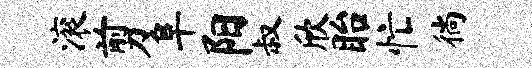
滚剪阜阳叔欣眙忙徜